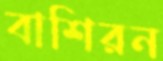
বাশিরন